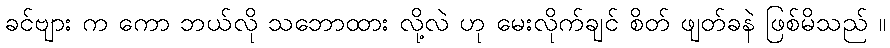
ခင်ဗျား က ကော ဘယ်လို သဘောထား လို့လဲ ဟု မေးလိုက်ချင် စိတ် ဖျတ်ခနဲ ဖြစ်မိသည် ။